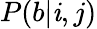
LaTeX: P(b|\mathit{i},j)